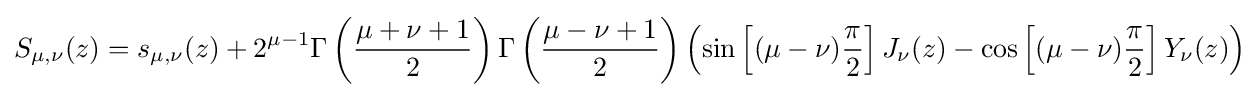
S_{\mu ,\nu }(z)=s_{\mu ,\nu }(z)+2^{\mu -1}\Gamma \left({\frac {\mu +\nu +1}{2}}\right)\Gamma \left({\frac {\mu -\nu +1}{2}}\right)\left(\sin \left[(\mu -\nu ){\frac {\pi }{2}}\right]J_{\nu }(z)-\cos \left[(\mu -\nu ){\frac {\pi }{2}}\right]Y_{\nu }(z)\right)